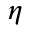
\eta